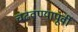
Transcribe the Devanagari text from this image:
चढवण्यापूर्वी